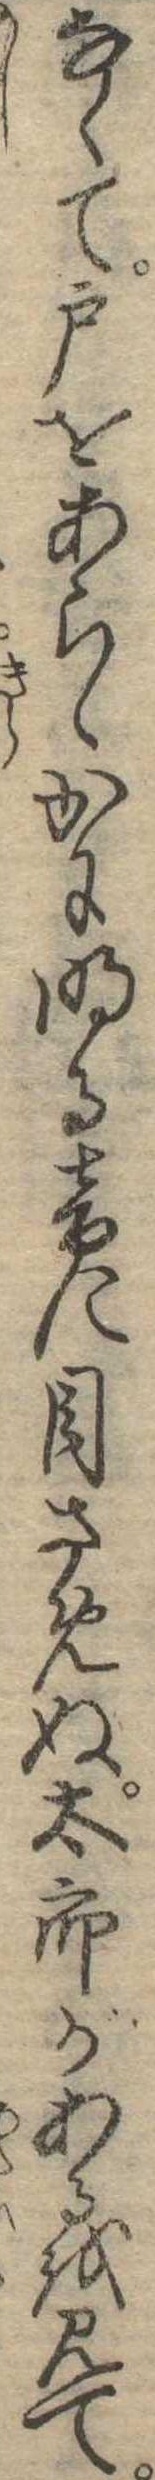
なくて戸をあらゝかに明る音に目さめぬ太郎があるを見て